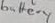
Text: battery